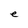
Character: e